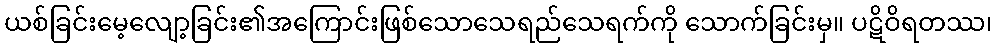
ယစ်ခြင်းမေ့လျော့ခြင်း၏အကြောင်းဖြစ်သောသေရည်သေရက်ကို သောက်ခြင်းမှ။ ပဋိဝိရတဿ၊